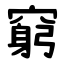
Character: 窮